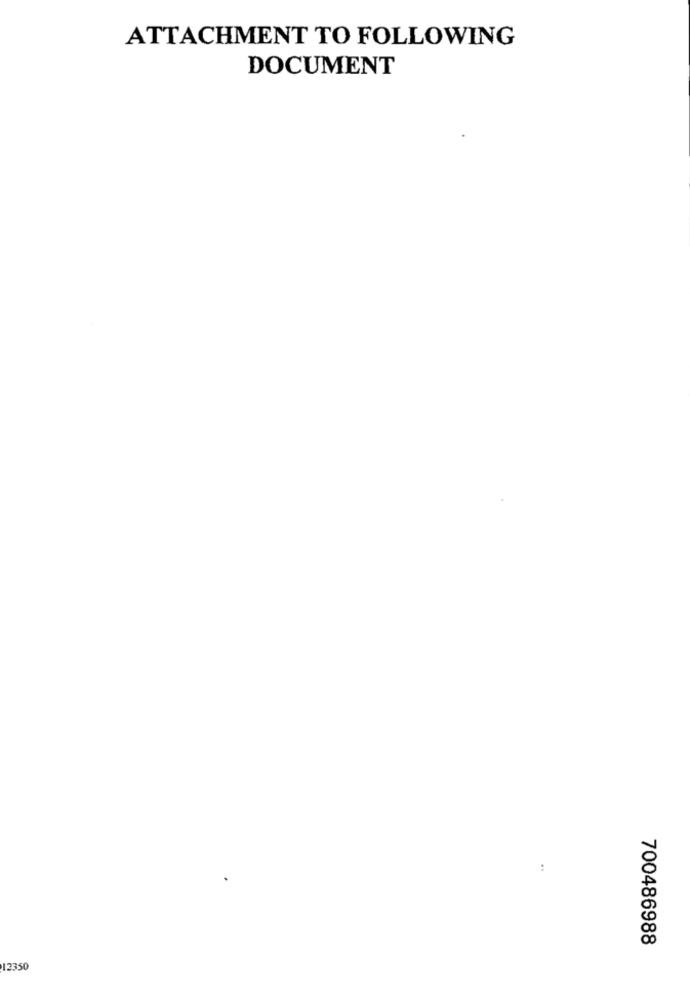
ATTACHMENT TO FOLLOWING
DOCUMENT
700486988
12350